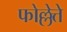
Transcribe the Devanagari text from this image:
फोल्लेत्ते